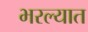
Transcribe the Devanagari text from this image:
भरल्यात